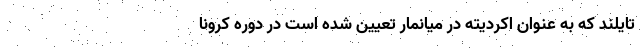
تایلند که به عنوان اکردیته در میانمار تعیین شده است در دوره کرونا